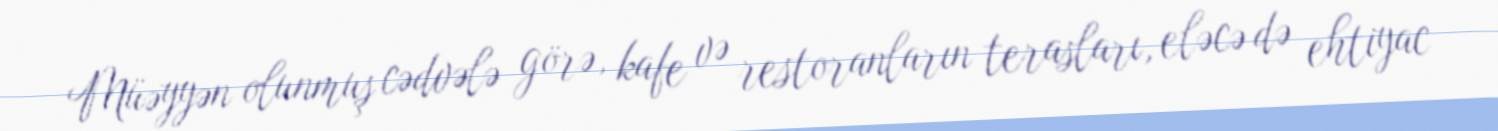
Müəyyən olunmuş cədvələ görə, kafe və restoranların terasları, eləcə də ehtiyac